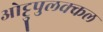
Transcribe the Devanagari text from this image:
ओट्टुपुलक्कल